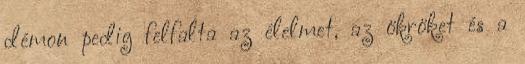
démon pedig felfalta az élelmet, az ökröket és a